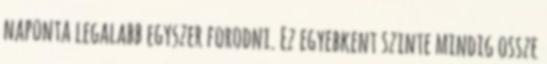
naponta legalabb egyszer forodni. Ez egyebkent szinte mindig ossze